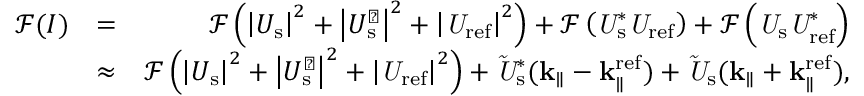
\begin{array} { r l r } { \mathcal { F } ( I ) } & { = } & { \mathcal { F } \left( { \left| U _ { \mathrm { s } } \right| } ^ { 2 } + \left| U _ { \mathrm { s } } ^ { \perp } \right| ^ { 2 } + { \left| \it U _ { \mathrm { r e f } } \right| } ^ { 2 } \right) + \mathcal { F } \left( \it U _ { \mathrm { s } } ^ { \ast } U _ { \mathrm { r e f } } \right) + \mathcal { F } \left( \it U _ { \mathrm { s } } U _ { \mathrm { r e f } } ^ { \ast } \right) } \\ & { \approx } & { \mathcal { F } \left( { \left| U _ { \mathrm { s } } \right| } ^ { 2 } + \left| U _ { \mathrm { s } } ^ { \perp } \right| ^ { 2 } + { \left| \it U _ { \mathrm { r e f } } \right| } ^ { 2 } \right) + \it \Tilde { U } _ { \mathrm { s } } ^ { \ast } ( \bf k _ { \parallel } - k _ { \parallel } ^ { \mathrm { r e f } } ) + \it \Tilde { U } _ { \mathrm { s } } ( \bf k _ { \parallel } + k _ { \parallel } ^ { \mathrm { r e f } } ) , } \end{array}